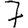
Digit: 7